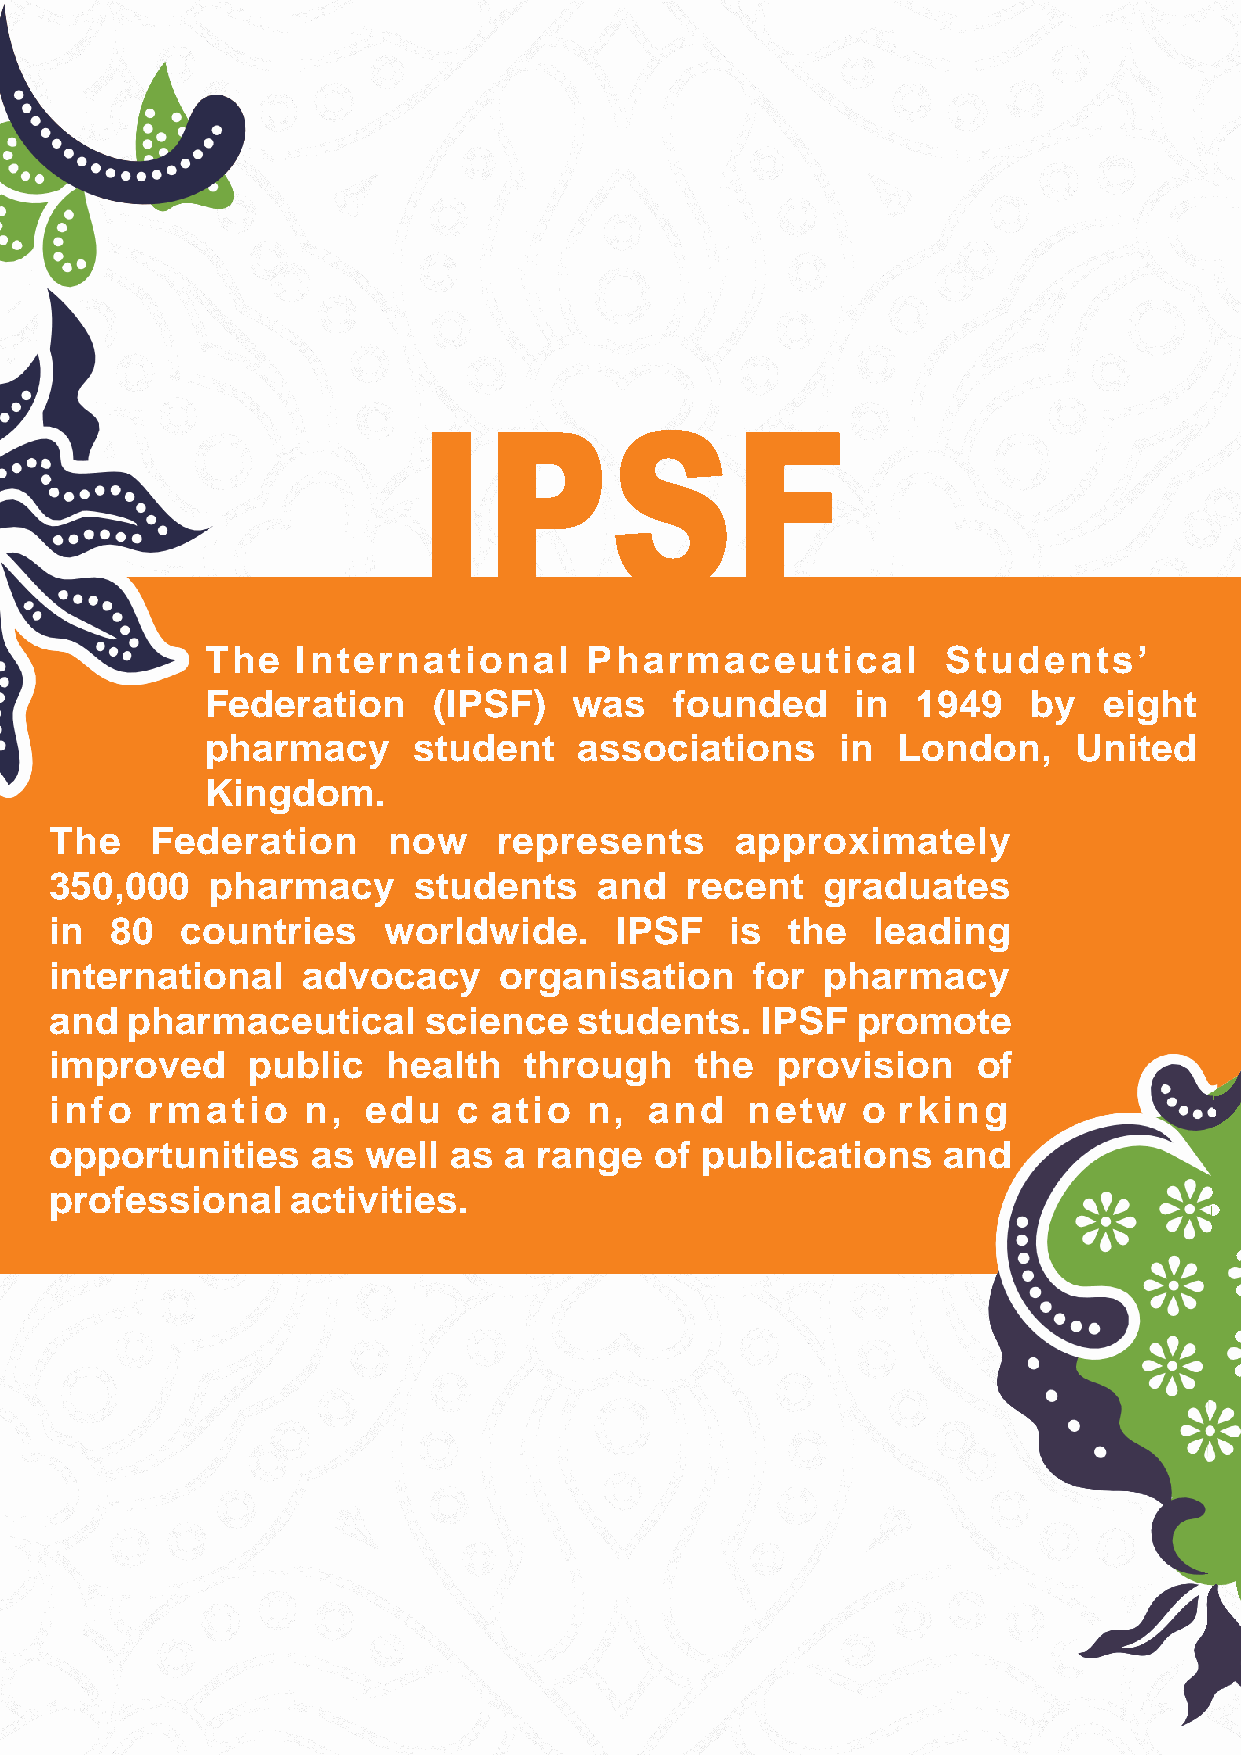
IPSF
 The   International      Pharmaceutical          Students’
 Federation     (IPSF)   was    founded     in  1949   by   eight
 pharmacy     student    associations      in London,     United
 Kingdom.
 The    Federation      now    represents      approximately
 350,000    pharmacy     students     and  recent   graduates
 in  80   countries    worldwide.      IPSF   is  the   leading
 international    advocacy     organisation     for  pharmacy
 and  pharmaceutical      science   students.   IPSF   promote
 improved     public    health   through    the  provision     of
 info   rmatio    n,  edu   c atio   n,  and   netw    o rking
 opportunities     as well  as a range   of publications    and
 professional    activities.